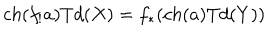
LaTeX: c h ( f _ { ! } a ) T d ( X ) = f _ { * } ( c h ( a ) T d ( Y ) )